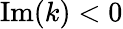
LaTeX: \mathrm{Im}(k)<0